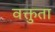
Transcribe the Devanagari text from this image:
वक्तुता